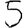
Digit: 5